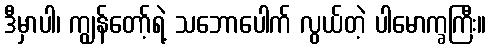
ဒီမှာပါ၊ ကျွန်တော့်ရဲ့ သဘောပေါက် လွယ်တဲ့ ပါမောက္ခကြီး။